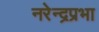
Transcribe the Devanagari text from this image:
नरेन्द्रप्रभा